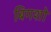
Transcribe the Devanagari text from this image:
बिगशो